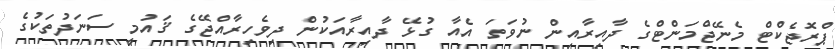
ޕްރޮޖެކްޓް މެނޭޖްމަންޓްގެ ދާއިރާއިން ނުވަތަ އެއާ ގުޅޭ ދާއިރާއަކުން ދިވެހިރާއްޖޭގެ ޤައުމީ ސަނަދުތަކުގެ